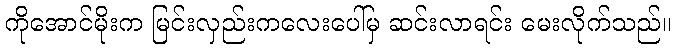
ကိုအောင်မိုးက မြင်းလှည်းကလေးပေါ်မှ ဆင်းလာရင်း မေးလိုက်သည်။